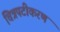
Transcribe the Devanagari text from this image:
चित्रपटीकरण